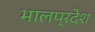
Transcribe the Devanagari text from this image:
भालप्रदेश